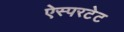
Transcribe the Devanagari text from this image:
ऐस्परटेट